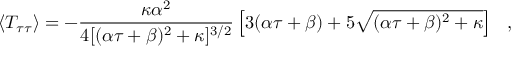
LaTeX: \langle T _ { \tau \tau } \rangle = - { \frac { \kappa \alpha ^ { 2 } } { 4 [ ( \alpha \tau + \beta ) ^ { 2 } + \kappa ] ^ { 3 / 2 } } } \left[ 3 ( \alpha \tau + \beta ) + 5 \sqrt { ( \alpha \tau + \beta ) ^ { 2 } + \kappa } \right] \ \ ,